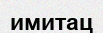
имитац